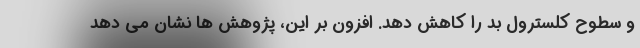
و سطوح کلسترول بد را کاهش دهد. افزون بر این، پژوهش ها نشان می دهد